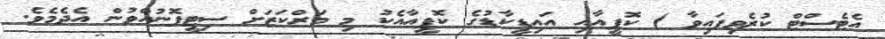
އެޓެސްޓް ކުރެވިފައިވާ ) ކޮޕީއާއި އައިޑީކާޑުގެ ކޮޕީއާއެކު މި މަރްކަޒަށް ސިޓީފޮނުއްވުން އެދެމެވެ.